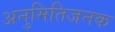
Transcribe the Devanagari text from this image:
अनुमितिजनक